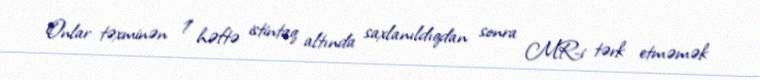
Onlar təxminən 1 həftə istintaq altında saxlanıldıqdan sonra MR-i tərk etməmək